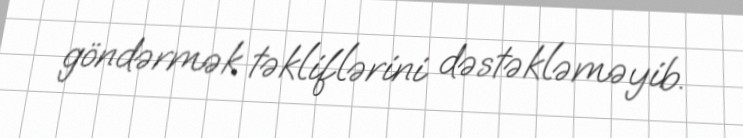
göndərmək təkliflərini dəstəkləməyib.